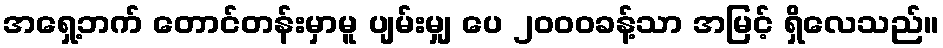
အရှေ့ဘက် တောင်တန်းမှာမူ ပျမ်းမျှ ပေ ၂၀၀၀ခန့်သာ အမြင့် ရှိလေသည်။